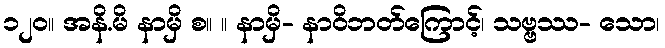
၁၂၀။ အနိ.မိ နာမှိ စ။ ။ နာမှိ- နာဝိဘတ်ကြောင့်၊ သဗ္ဗဿ- သော၊